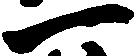
一